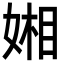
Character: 㜀